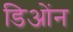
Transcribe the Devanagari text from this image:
डिओंन